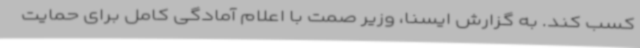
کسب کند. به گزارش ایسنا، وزیر صمت با اعلام آمادگی کامل برای حمایت